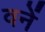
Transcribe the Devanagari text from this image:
वनें